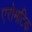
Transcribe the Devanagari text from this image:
एरोमटिक